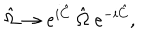
LaTeX: \hat { \Omega } \rightarrow e ^ { i \hat { C } } ~ \hat { \Omega } ~ e ^ { - i \hat { C } } ,